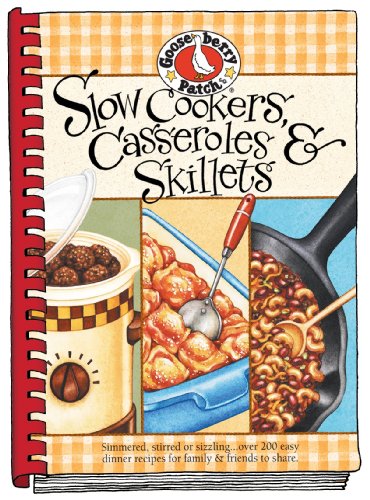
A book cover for Slow-Cookers, Casseroles & Skillets: Simmered, Stirred or Sizzling...Over 200 Easy Dinner Recipes for Family & Friends to Share.; Gooseberry Patch; Cookbooks, Food & Wine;